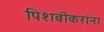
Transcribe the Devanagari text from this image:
पिशवीकरांना